Senior Leaving Certificate Examination (including Day School Certificate (Higher) General paper), 1949
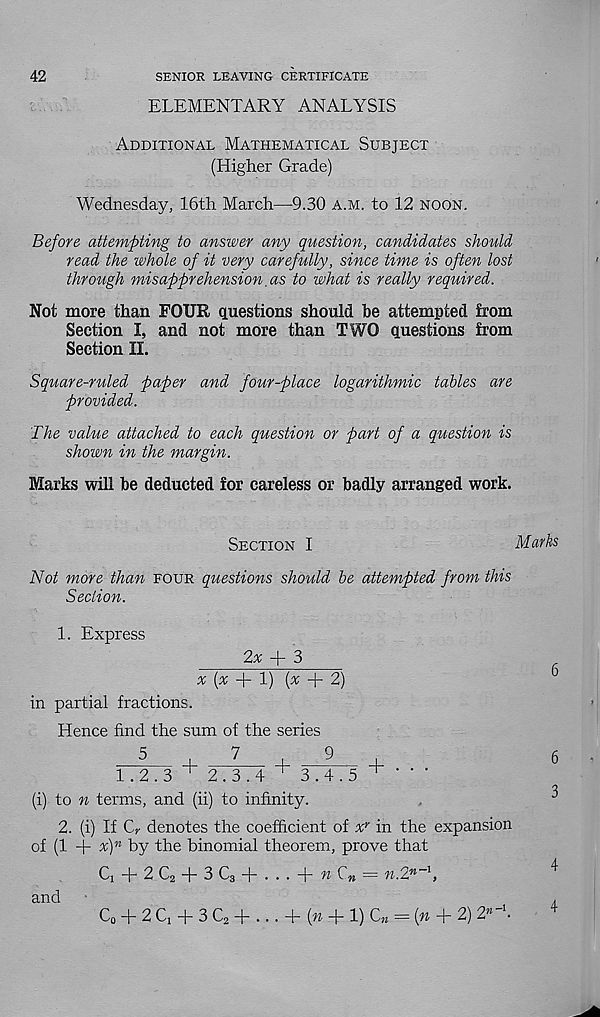
SENIOR LEAVING CERTIFICATE
ELEMENTARY ANALYSIS
Additional Mathematical Subject
(Higher Grade)
Wednesday, 16th March—9.30 a.m. to 12 noon.
Before attempting to answer any question, candidates should
read the whole of it very carefully, since time is often lost
through misapprehension, as to what is really required.
Not more than FOUR questions should be attempted from
Section I, and not more than TWO questions from
Section II.
Square-ruled paper and four-place logarithmic tables are
provided.
The value attached to each question or part of a question is
shown in the margin.
Marks will be deducted for careless or badly arranged work.
Section I
Marks
Not more than four questions should be attempted from this
Section.
1. Express
2^ + 3
%(% + !) (^ + 2)
in partial fractions.
Hence find the sum of the series
5
7
9
1.2.3 ~ 2.3.4 ~ 3.4.5 ^
(i) to n terms, and (ii) to infinity.
2. (i) If C r denotes the coefficient of x? in the expansion
of (1 -|- %) n by the binomial theorem, prove that
C x -|- 2 C 2 -)- 3 C 3 -j- • • • “b ^
= n.2 n~\
and
6
6
3
4
C 0 + 2Q + 3C 2 + ... + (rc + 1) U = (w + 2) 2*- 1 .
4